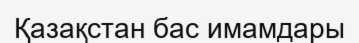
Қазақстан бас имамдары